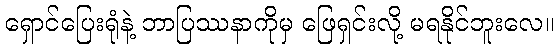
ရှောင်ပြေးရုံနဲ့ ဘာပြဿနာကိုမှ ဖြေရှင်းလို့ မရနိုင်ဘူးလေ။